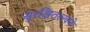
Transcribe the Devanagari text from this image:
सुरक्षितरखने